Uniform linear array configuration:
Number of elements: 48
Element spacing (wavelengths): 0.25
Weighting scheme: kaiser
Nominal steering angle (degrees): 0
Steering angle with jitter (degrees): -0.6302
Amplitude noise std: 0.05
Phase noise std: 0.05

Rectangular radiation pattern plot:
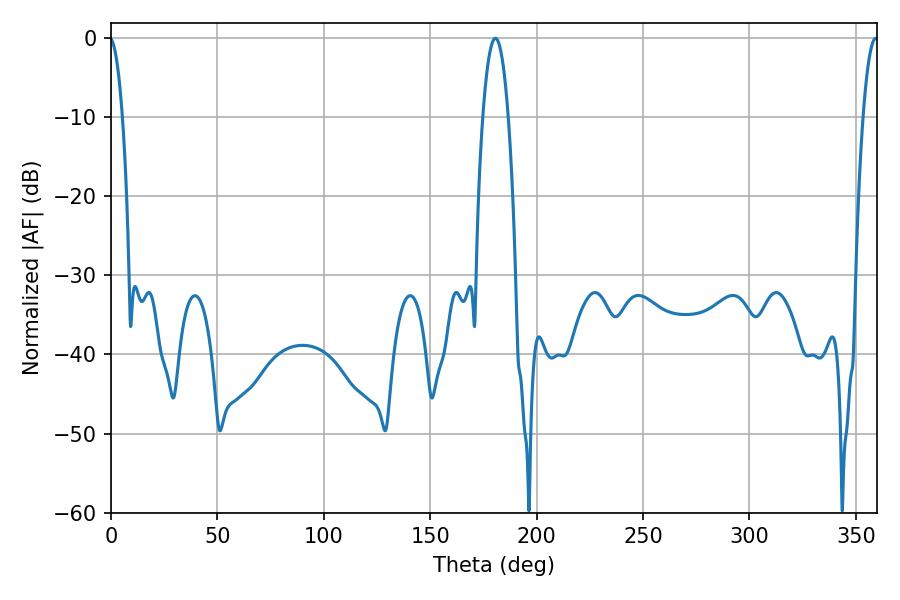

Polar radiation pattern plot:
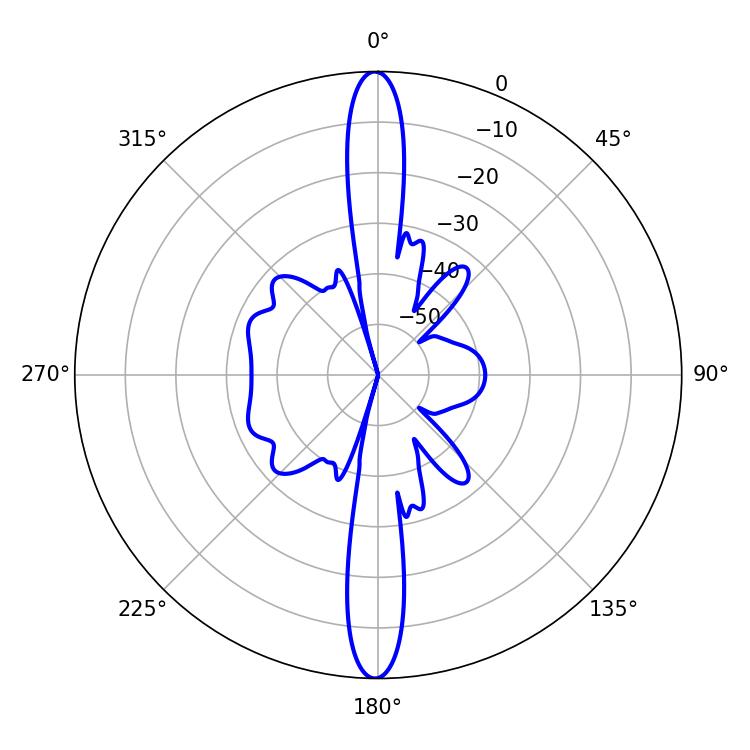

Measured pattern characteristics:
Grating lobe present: FALSE
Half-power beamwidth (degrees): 6.66
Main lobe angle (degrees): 180.54